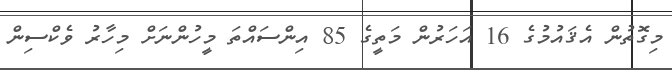
މިގޮތުން އެޤައުމުގެ 16 އަހަރުން މަތީގެ 85 އިންސައްތަ މީހުންނަށް މިހާރު ވެކްސިން